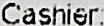
CASHIER: